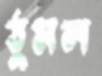
ঠুসল